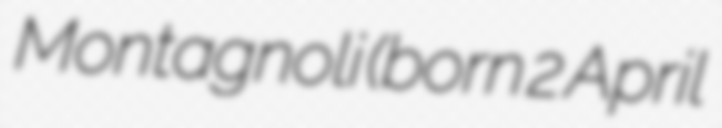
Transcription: Montagnoli (born 2 April